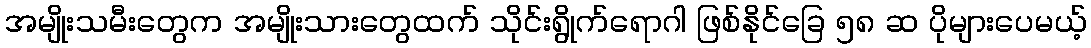
အမျိုးသမီးတွေက အမျိုးသားတွေထက် သိုင်းရွိုက်ရောဂါ ဖြစ်နိုင်ခြေ ၅၈ ဆ ပိုများပေမယ့်